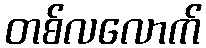
တစ်လလောက်